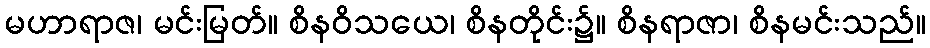
မဟာရာဇ၊ မင်းမြတ်။ စိနဝိသယေ၊ စိနတိုင်း၌။ စိနရာဇာ၊ စိနမင်းသည်။